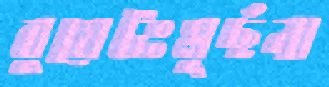
বুয়েটঃমূর্ছনা